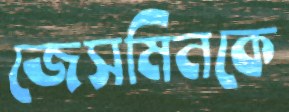
জেসমিনকে